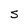
Character: S